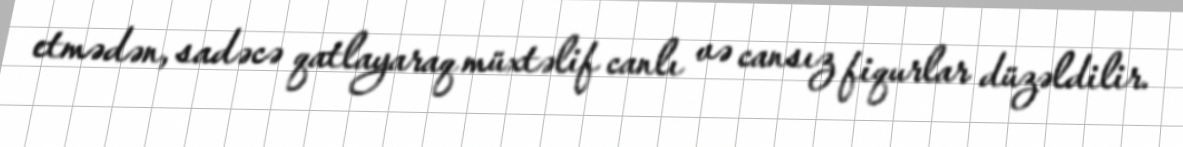
etmədən, sadəcə qatlayaraq müxtəlif canlı və cansız fiqurlar düzəldilir.